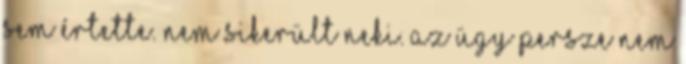
sem értette. Nem sikerült neki. Az ügy persze nem